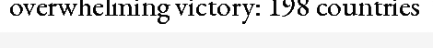
overwhelming victory: 198 countries